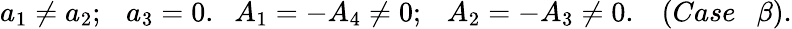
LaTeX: a_{1}\neq a_{2};~~~a_{3}=0.~~~A_{1}=-A_{4}\neq 0;~~~A_{2}=-A_{3}\neq 0.~~~~(Case~~~\beta).